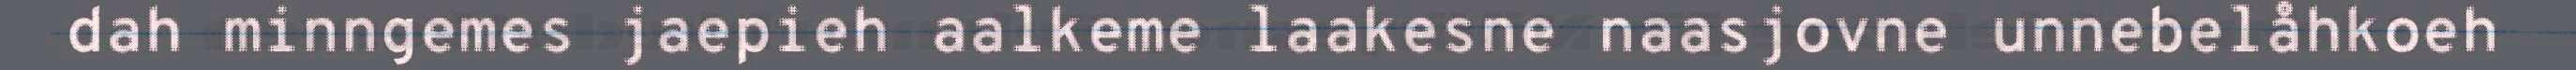
dah minngemes jaepieh aalkeme laakesne naasjovne unnebelåhkoeh